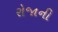
રોજાની